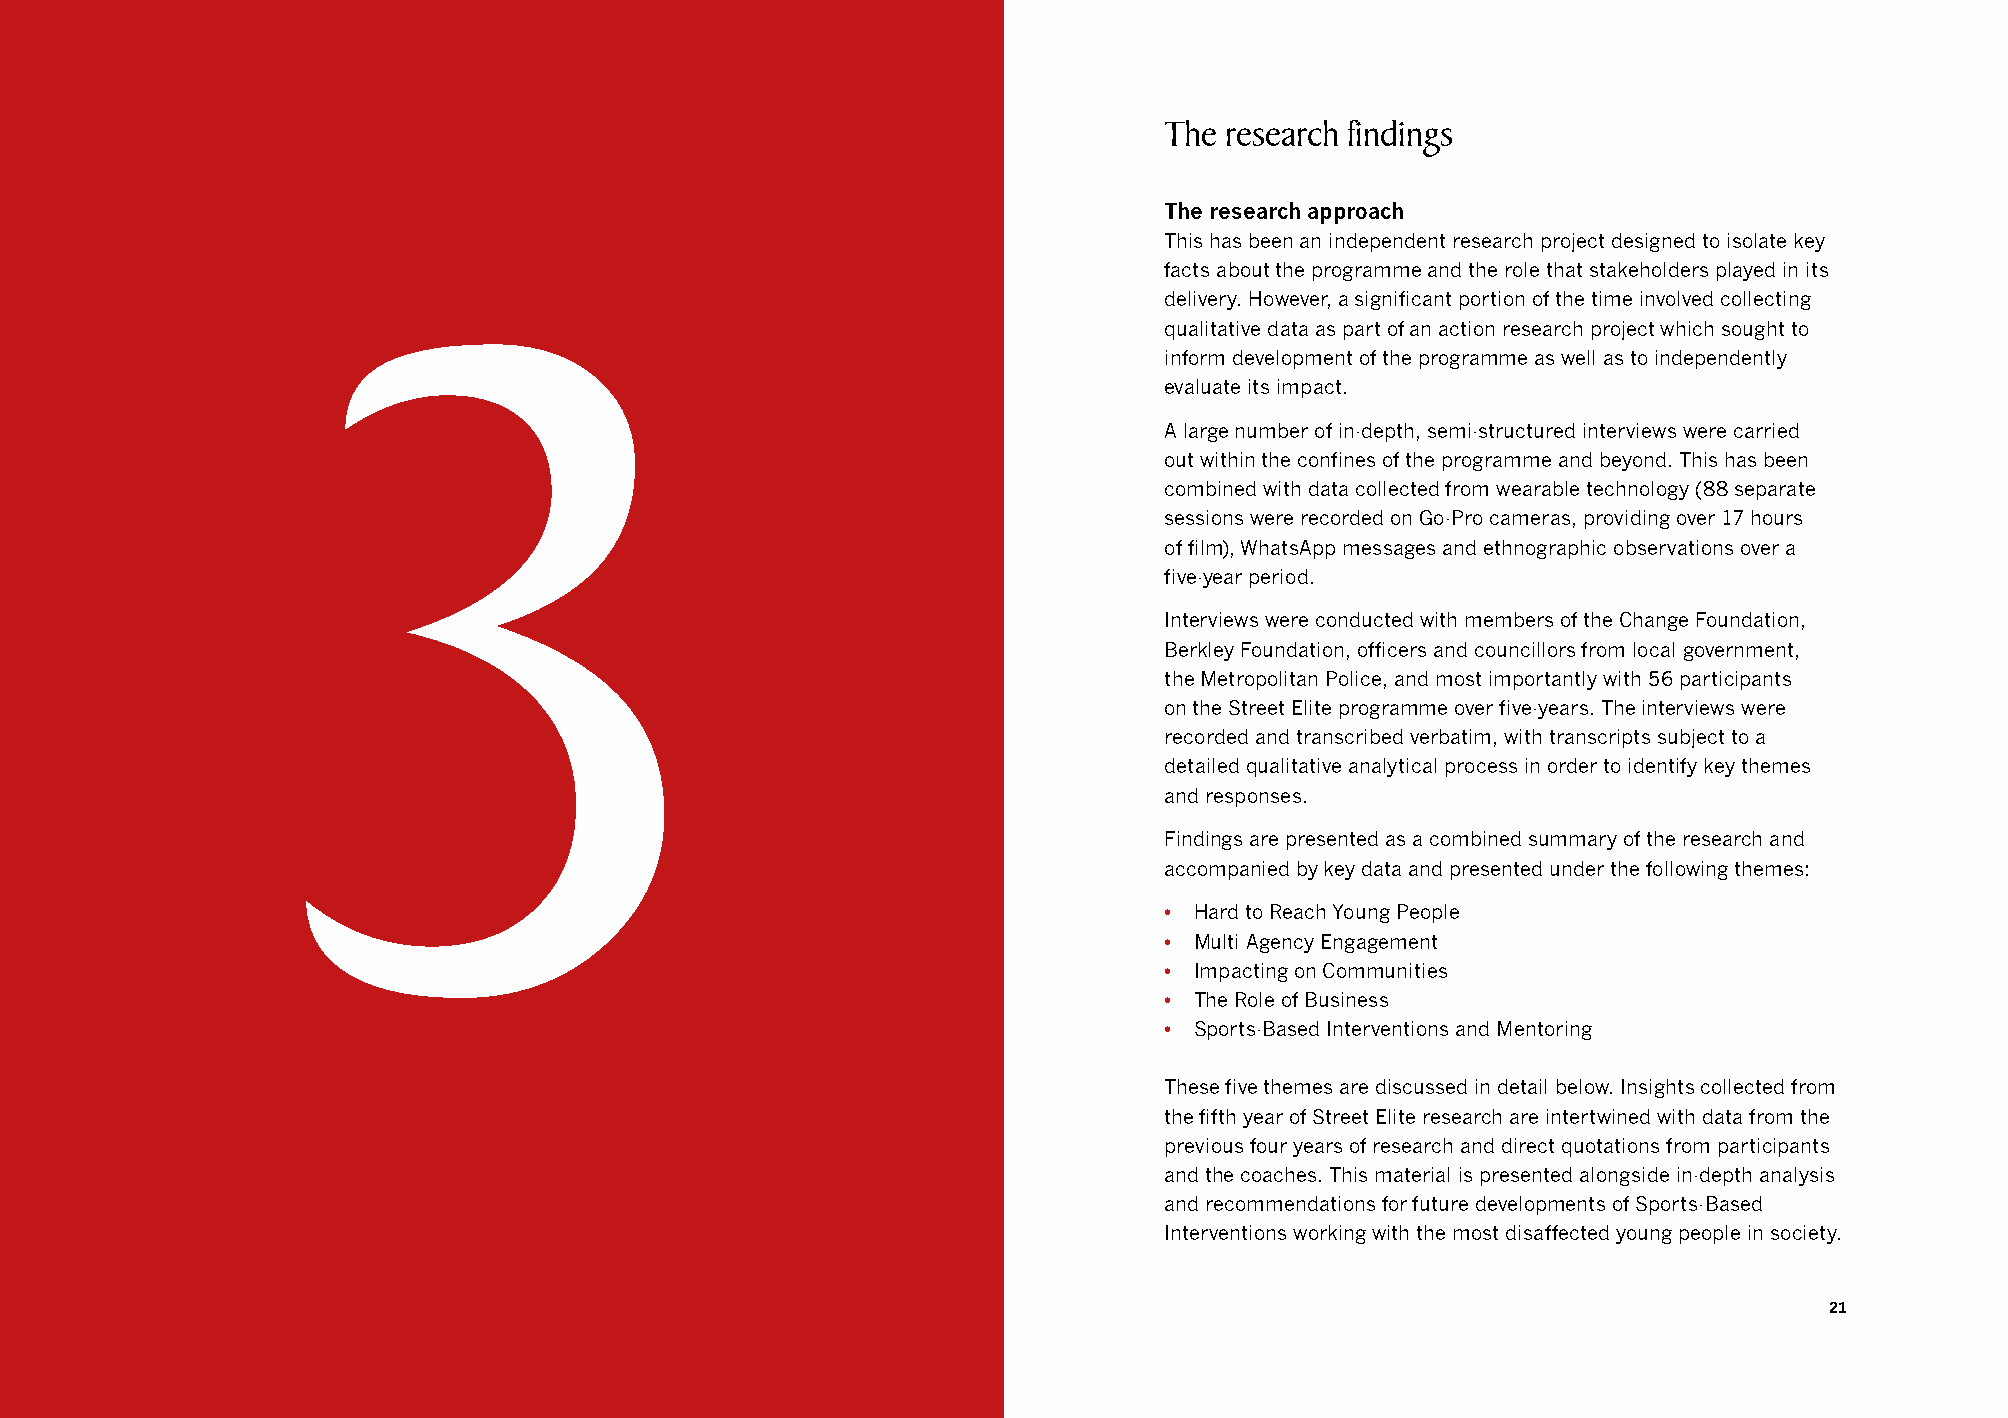
The research findings
 The research approach
 This has been an independent research project designed to isolate key
 facts about the programme and the role that stakeholders played in its
 3                                                            delivery. However, a significant portion of the time involved collecting
 qualitative data as part of an action research project which sought to
 inform development of the programme as well as to independently
 evaluate its impact.
 A large number of in-depth, semi-structured interviews were carried
 out within the confines of the programme and beyond. This has been
 combined with data collected from wearable technology (88 separate
 sessions were recorded on Go-Pro cameras, providing over 17 hours
 of film), WhatsApp messages and ethnographic observations over a
 five-year period.
 Interviews were conducted with members of the Change Foundation,
 Berkley Foundation, officers and councillors from local government,
 the Metropolitan Police, and most importantly with 56 participants
 on the Street Elite programme over five-years. The interviews were
 recorded and transcribed verbatim, with transcripts subject to a
 detailed qualitative analytical process in order to identify key themes
 and responses.
 Findings are presented as a combined summary of the research and
 accompanied by key data and presented under the following themes:
 • Hard to Reach Young People
 • Multi Agency Engagement
 • Impacting on Communities
 • The Role of Business
 • Sports-Based Interventions and Mentoring
 These five themes are discussed in detail below. Insights collected from
 the fifth year of Street Elite research are intertwined with data from the
 previous four years of research and direct quotations from participants
 and the coaches. This material is presented alongside in-depth analysis
 and recommendations for future developments of Sports-Based
 Interventions working with the most disaffected young people in society.
 21